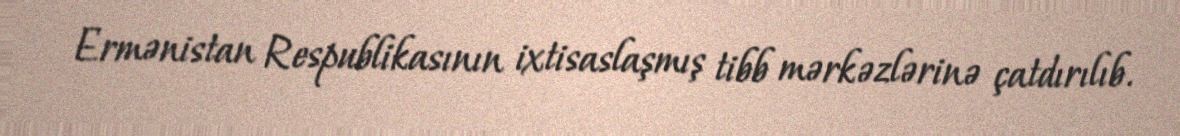
Ermənistan Respublikasının ixtisaslaşmış tibb mərkəzlərinə çatdırılıb.